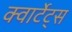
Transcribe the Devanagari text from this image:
क्वार्टेट्स